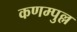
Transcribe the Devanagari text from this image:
कणम्पुल्ल